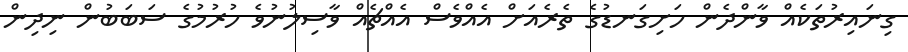
ގިނައިރުތަކެއް ވާންދެން ހަށިގަނޑުގެ ތެރެއަށް އެއްވެސް އެއްޗެއް ވާސިލުނުވެ ހުރުމުގެ ސަބަބުން ނިދިން